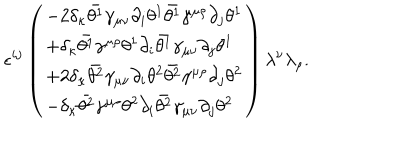
LaTeX: \epsilon ^ { i j } \left( \begin{array} { l } { { - 2 \delta _ { \kappa } \bar { \theta ^ { 1 } } \gamma _ { \mu \nu } \partial _ { i } \theta ^ { 1 } \bar { \theta ^ { 1 } } \gamma ^ { \mu \rho } \partial _ { j } \theta ^ { 1 } } } \\ { { + \delta _ { \kappa } \bar { \theta ^ { 1 } } \gamma ^ { \mu \rho } \theta ^ { 1 } \partial _ { i } \bar { \theta ^ { 1 } } \gamma _ { \mu \nu } \partial _ { j } \theta ^ { 1 } } } \\ { { + 2 \delta _ { \kappa } \bar { \theta ^ { 2 } } \gamma _ { \mu \nu } \partial _ { i } \theta ^ { 2 } \bar { \theta ^ { 2 } } \gamma ^ { \mu \rho } \partial _ { j } \theta ^ { 2 } } } \\ { { - \delta _ { \kappa } \bar { \theta ^ { 2 } } \gamma ^ { \mu \rho } \theta ^ { 2 } \partial _ { i } \bar { \theta ^ { 2 } } \gamma _ { \mu \nu } \partial _ { j } \theta ^ { 2 } } } \\ \end{array} \right) \lambda ^ { \nu } \lambda _ { \rho } .